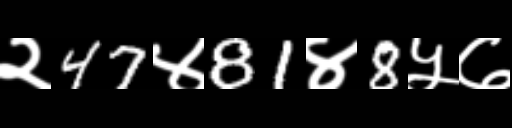
Text: २47४81४8५७